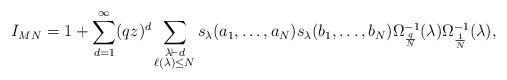
LaTeX: \begin{align*}I_{MN} = 1 + \sum_{d=1}^\infty (qz)^d \sum_{\substack{\lambda \vdash d \\ \ell(\lambda) \leq N}}s_\lambda(a_1,\dots,a_N)s_\lambda(b_1,\dots,b_N) \Omega_{\frac{q}{N}}^{-1}(\lambda) \Omega_{\frac{1}{N}}^{-1}(\lambda),\end{align*}